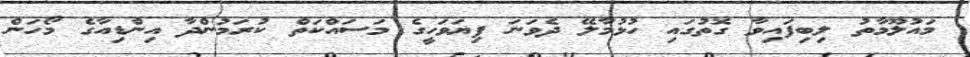
މައުލޫމާތު ލިބިފައިވާ ގޮތުގައި ހުޅުމާލޭ ދެވަނަ ފިޔަވަހީގެ މަސައްކަތް ކުރަމުންދާ އިންޑިއާގެ މޯހަން